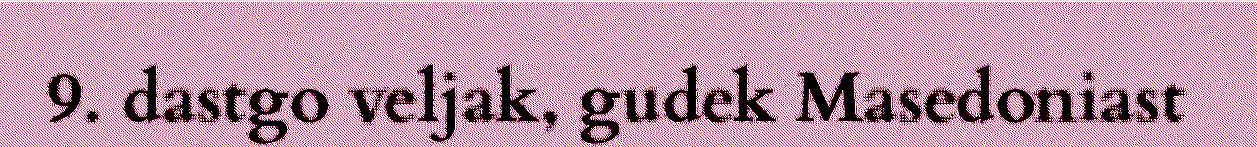
9. dastgo veljak, gudek Masedoniast